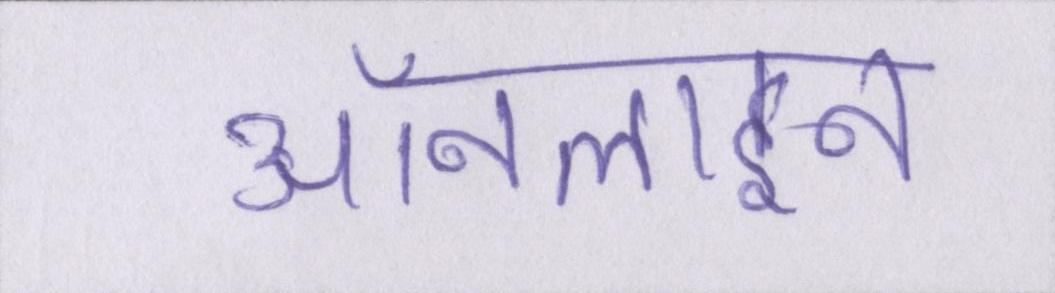
ऑनलाइन